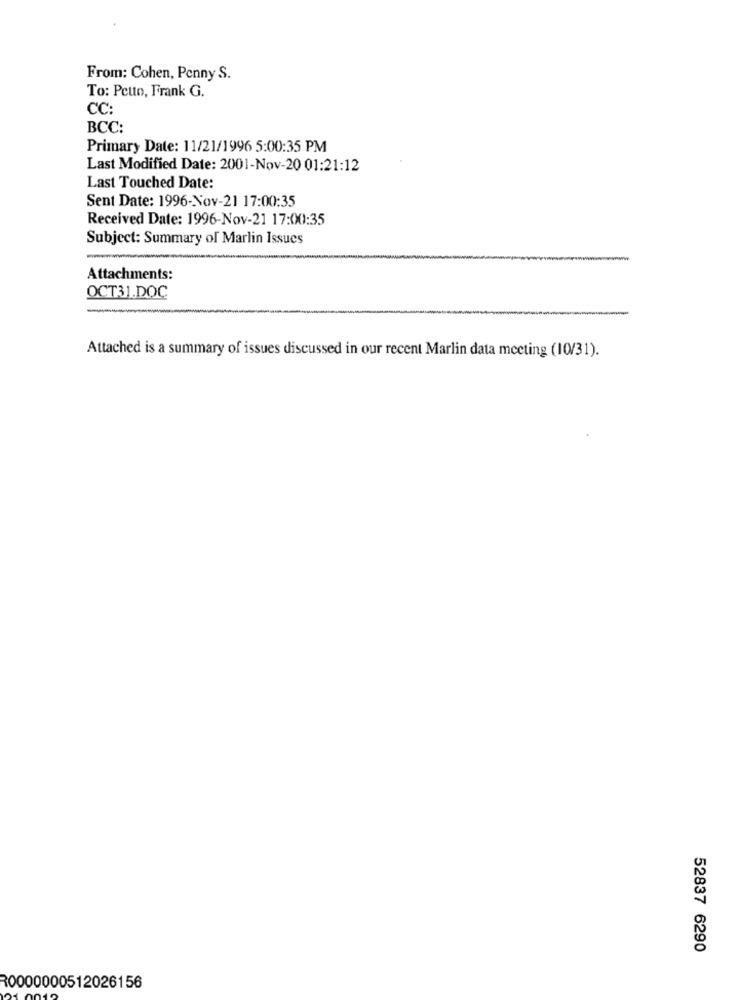
From: Cohen, Penny S.
To: Petto, Frank G.
CC:
BCC:
Primary Date: 11/21/1996 5:00:35 PM
Last Modified Date: 2001-Nov-20 01:21:12
Last Touched Date:
Sent Date: 1996-Nov-21 17:00:35
Received Date: 1996-Nov-21 17:00:35
Subject: Summary of Marlin Issues
Attachments:
OCT31.DOC
Attached is a summary of issues discussed in our recent Marlin data meeting (10/31).
52837 6290
R0000000512026156